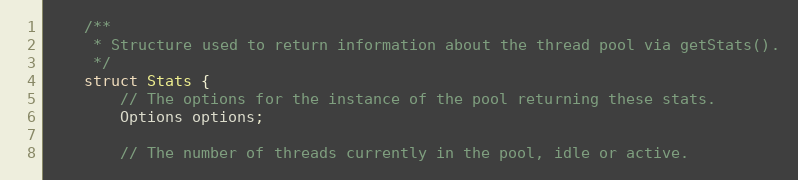
Language: C
    /**
     * Structure used to return information about the thread pool via getStats().
     */
    struct Stats {
        // The options for the instance of the pool returning these stats.
        Options options;

        // The number of threads currently in the pool, idle or active.